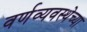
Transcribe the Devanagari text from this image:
वर्णव्यवस्थेच्या